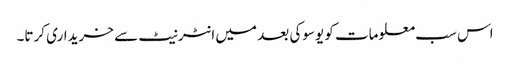
اس سب معلومات کو یوسوکی بعد میں انٹرنیٹ سے خریداری کرتا۔